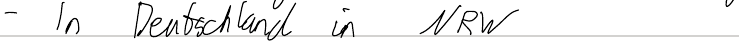
- In Deutschland in NRW